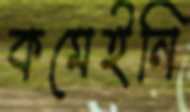
কমেইনি